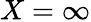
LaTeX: X=\infty